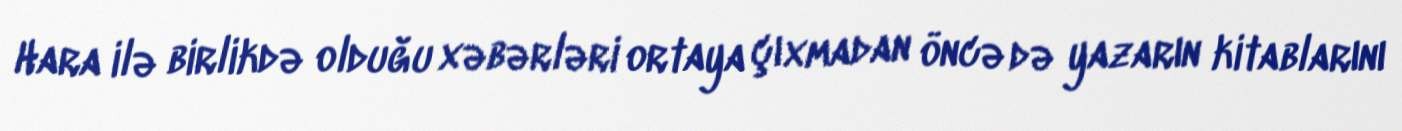
Hara ilə birlikdə olduğu xəbərləri ortaya çıxmadan öncə də yazarın kitablarını